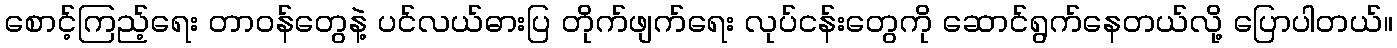
စောင့်ကြည့်ရေး တာဝန်တွေနဲ့ ပင်လယ်ဓားပြ တိုက်ဖျက်ရေး လုပ်ငန်းတွေကို ဆောင်ရွက်နေတယ်လို့ ပြောပါတယ်။